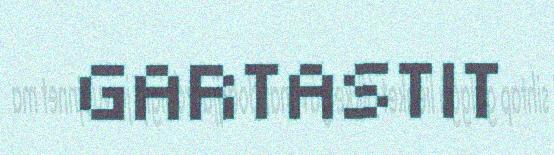
GARTASTIT